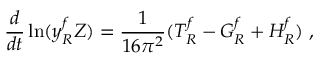
\frac { d } { d t } \ln ( y _ { R } ^ { f } Z ) = \frac { 1 } { 1 6 \pi ^ { 2 } } ( T _ { R } ^ { f } - G _ { R } ^ { f } + H _ { R } ^ { f } ) \ ,